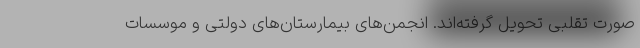
صورت تقلبی تحویل گرفته‌اند. انجمن‌های بیمارستان‌های دولتی و موسسات